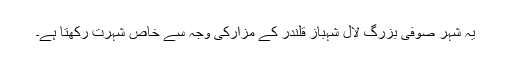
یہ شہر صوفی بزرگ لال شہباز قلندر کے مزارکی وجہ سے خاص شہرت رکھتا ہے۔